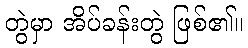
တွဲမှာ အိပ်ခန်းတွဲ ဖြစ်၏။